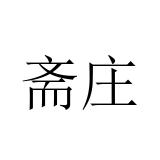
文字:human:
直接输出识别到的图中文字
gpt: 斋庄